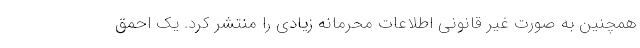
همچنین به صورت غیر قانونی اطلاعات محرمانه زیادی را منتشر کرد. یک احمق